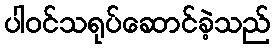
ပါဝင်သရုပ်ဆောင်ခဲ့သည်